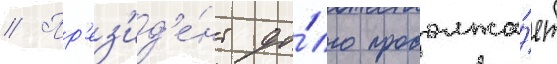
// Пр'ез'ид'е́нт до́лго продолжа́ет